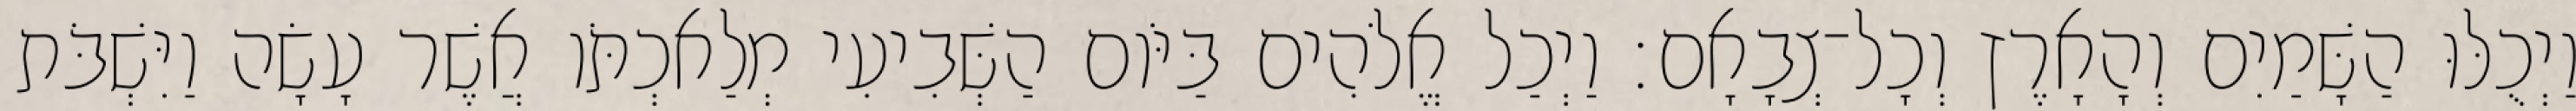
וַיְכֻלּוּ הַשָּׁמַיִם וְהָאָרֶץ וְכָל־צְבָאָם׃ וַיְכַל אֱלֹהִים בַּיֹּום הַשְּׁבִיעִי מְלַאכְתֹּו אֲשֶׁר עָשָׂה וַיִּשְׁבֹּת